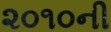
૨૦૧૦ની